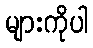
များကိုပါ